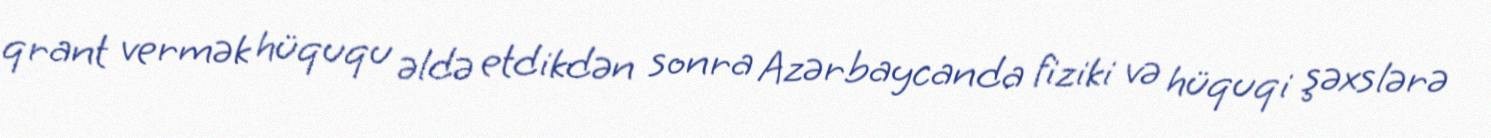
qrant vermək hüququ əldə etdikdən sonra Azərbaycanda fiziki və hüquqi şəxslərə